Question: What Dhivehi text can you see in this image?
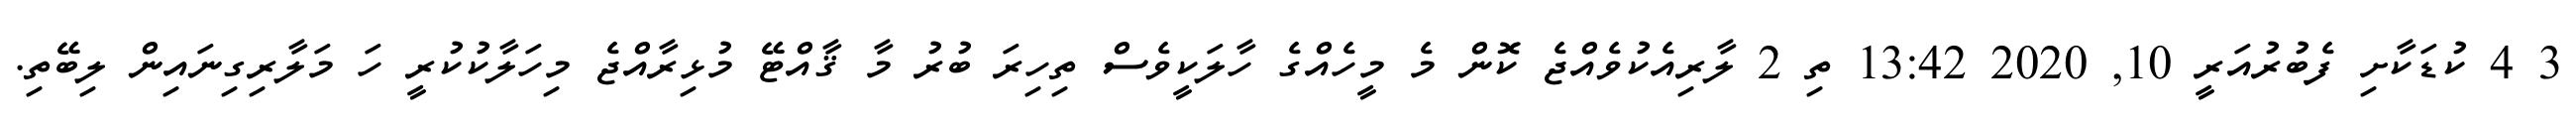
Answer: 3 4 ކުޑަކާށި ފެބުރުއަރީ 10, 2020 13:42 ތި 2 ލާރިއެކުވެއްޖެ ކޮން މެ މީހެއްގެ ހާލަކީވެސް ތިހިރަ ބުރު މާ ޤާއްޓޭ މުޅިރާއްޖެ މިހަލާކުކުރީ ހަ މަލާރިގިނައިން ލިބޭތި.